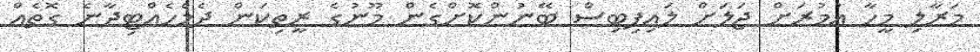
މަރާލި މީހާ އުމުރަށް ޖަލަށް ލައިފިބިސް ބޭނުންކޮށްގެން މޫނުގެ ރީތިކަން ދެމެހެއްޓިދާނެ ގޮތެއް